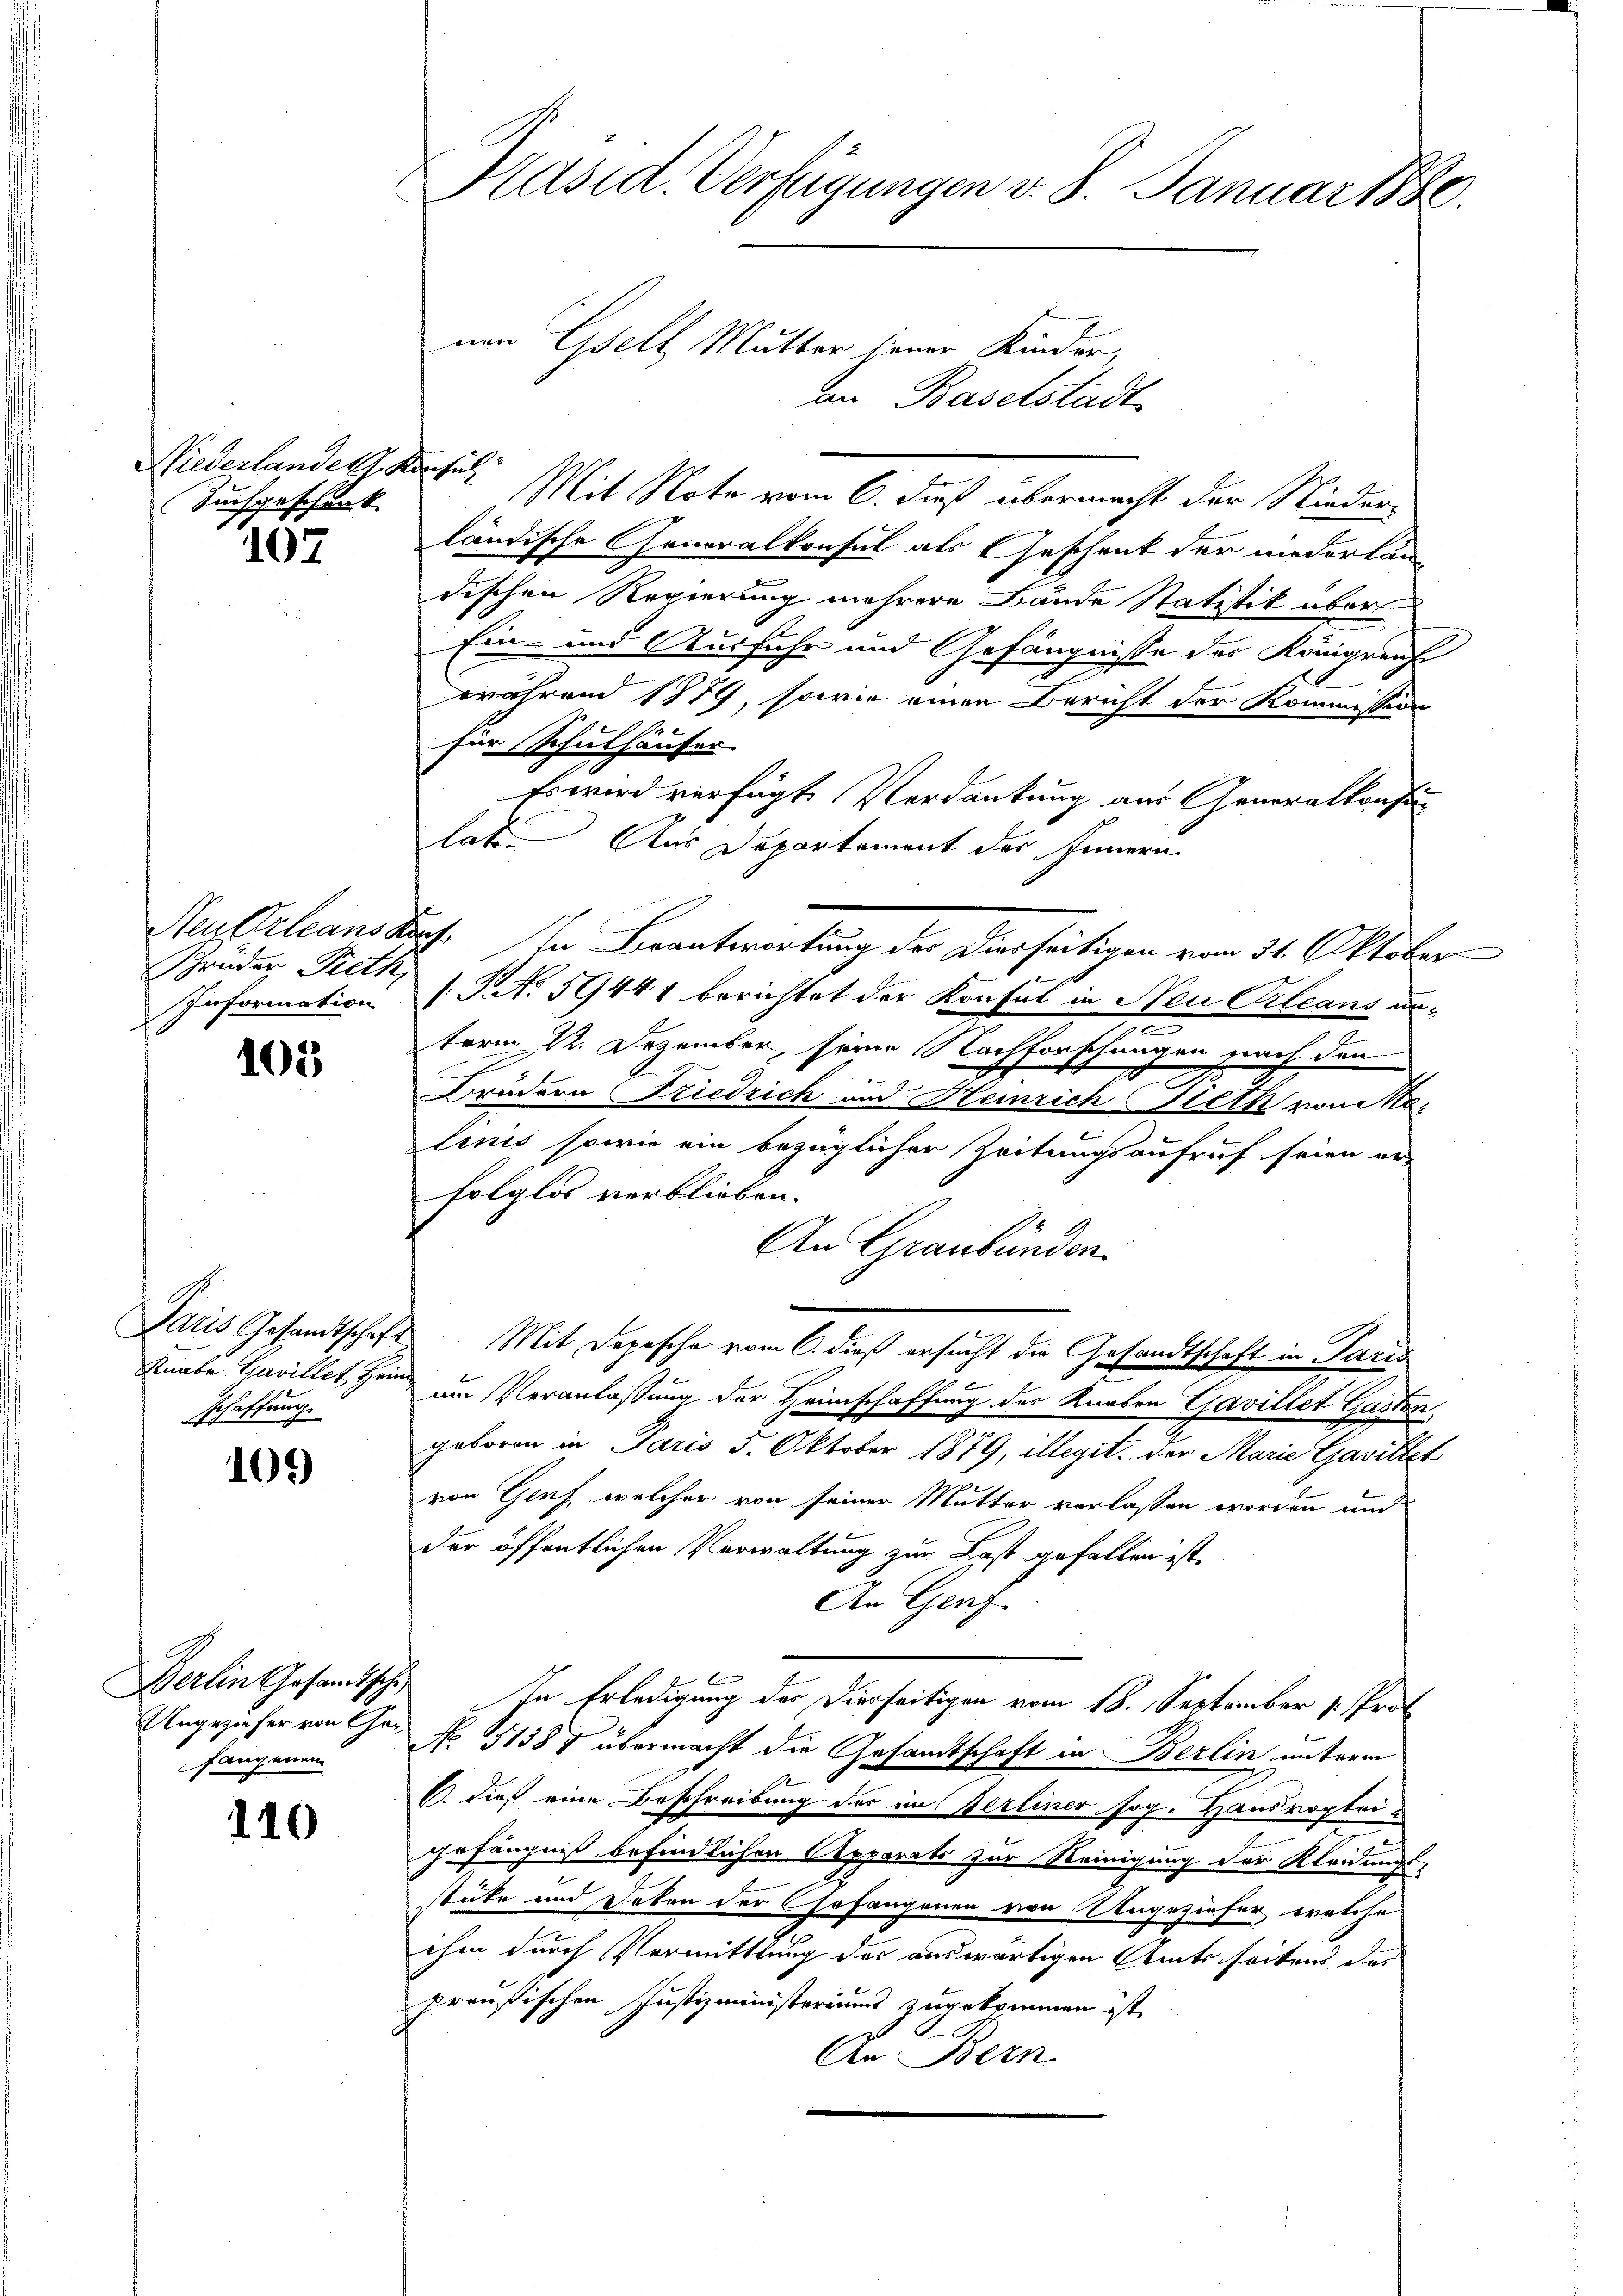
Niederlandelt. Konsul
Tuchgeschänk

107

Spruder Pieth,

101

schaffung

105)

Berlin Gesandtsche
fangenen

110

Präsid. Verfügungen v. J. Januar 1880.
nen Gesell Mutter jener Kinder,

an Baselstadt
Mit Note vom 6. dieß übermacht der Nieder-
ländische Generalkonsul als Geschent der niederländischen Regierung mehrere Bände Statistik über
Ein- und Ausfuhr und Gefängnisse des Königreif
während 1879, sowie einen Bericht der Kommission
für Schulhäuser
Es wird verfügt Verdankung aus Generalkonsin
lat. Aus Departement des Innern
Neu Orleans Kopf. In Beantwortung der Dierseitigen vom 31. Oktober
Information (T. No 59441 berichtet der Konsul in Neu Orleans unterm 22. Dezember seine Nachforschungen nach den
.
2
Brüdern Friedrich und Heinrich leth von Molinis sowie ein bezüglicher Zeitungsaufruf seien er
folglos verblieben.
An Graubünden.
Paris Gesandtschaft Mit Depesche vom 6. dieß ersucht die Gesandtschaft in Paris
Knabe Gavillet Heim im Veranlassung der Heimschaffung des Knaben Gavillet Gasten
geboren in Paris 5. Oktober 1879, illegit der Marie Gawittet
von Genf, welcher von seiner Mutter verlassen worden und
der öffentlichen Verwaltung zur Last gefallen ist.
An Genf
In Erledigung des Dierseitigen vom 18. September v. Prot
Ungezieher von Her N. 11387 übermacht die Gesandtschaft in Berlin unterm
1
C. dieß eine Beschreibung des im Gerliner sog. Hausropteigefängniß befindlichen Apparate zur Reinigung der Kleidungs-
stüke und Deten der Gefangenen von Ungezieher, welche
ihm durch Vermittlung des auswärtigen Amts seitens des
preußischen Justizministeriums zugekommen ist,
Ar Bern.